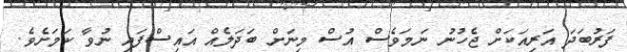
ފަރުބަދަ އަރިއަކަށް ޖެހުނު ނަަމަވެސް އުސް މިނަށް ބަދަލެއް އައިސްފައި ނުވާ ކަމަށެވެ.